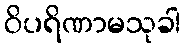
ဝိပရိဏာမသုခါ